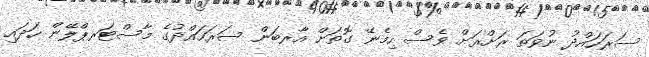
ސަރަހައްދު ނުވަތަ ރަށްރަށް ވެސް ހިމެނޭ ގޮތަށް އާރބަން ސަރަހައްދުގެ މާސްޓަރޕްލޭން ހަދައި